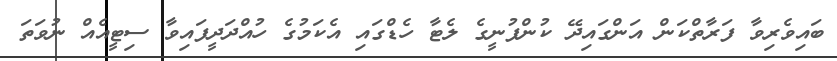
ބައިވެރިވާ ފަރާތްކަން އަންގައިދޭ ކުންފުނީގެ ލެޓާ ހެޑްގައި އެކަމުގެ ހުއްދަދީފައިވާ ސިޓީއެއް ނުވަތަ